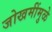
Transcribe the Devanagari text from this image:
जोखमींमुळे